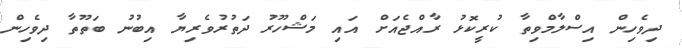
ދިވެހިން އިސްލާމްވިތާ ކުރީކޮޅު ރާއްޖެއަށް އައި މަޝްހޫރު ދަތުރުވެރިޔާ އިބުނު ބަތޫތާ ދިވެހިން